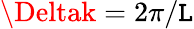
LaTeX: \Deltak=2\pi/\mathtt{L}